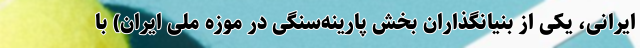
ایرانی، یکی از بنیانگذاران بخش پارینه‌سنگی در موزهٔ ملی ایران) با